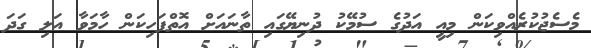
މެސެޖުކުރެއްވިކަން މިއީ އަދުގެ ސުމޭކު ދުނިޔޭގައި ތާނައަށް އޮތްފަހިކަން ހާމަވާ އަލި ގަދަ